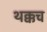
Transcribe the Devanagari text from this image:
थक्कच